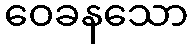
ဝေခနသော